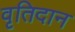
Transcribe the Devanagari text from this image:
वृतिदान